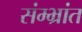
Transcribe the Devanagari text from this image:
संम्भ्रांत